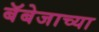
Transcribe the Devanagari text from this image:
बॅबेजाच्या